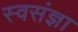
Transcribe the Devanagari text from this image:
स्वसंज्ञा